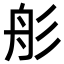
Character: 䑣